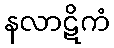
နလာဋိကံ